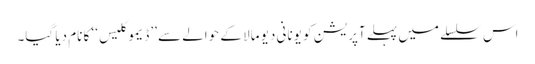
اس سلسلے میں پہلے آپریشن کو یونانی دیو مالا کے حوالے سے ’’ڈیموکلیس‘‘ کا نام دیا گیا۔